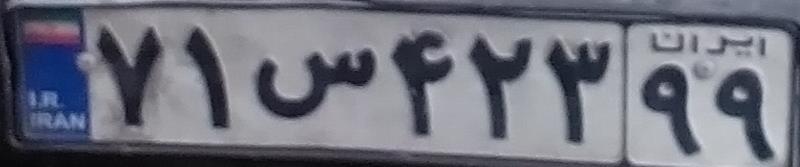
۷۱س۴۲۳۹۹